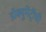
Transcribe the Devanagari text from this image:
डॉक्युमेंट्रीची